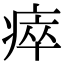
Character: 瘁